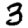
Digit: 3